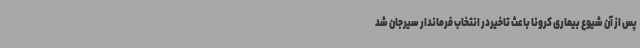
پس از آن شیوع بیماری کرونا باعث تاخیردر انتخاب فرماندار سیرجان شد